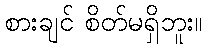
စားချင် စိတ်မရှိဘူး။